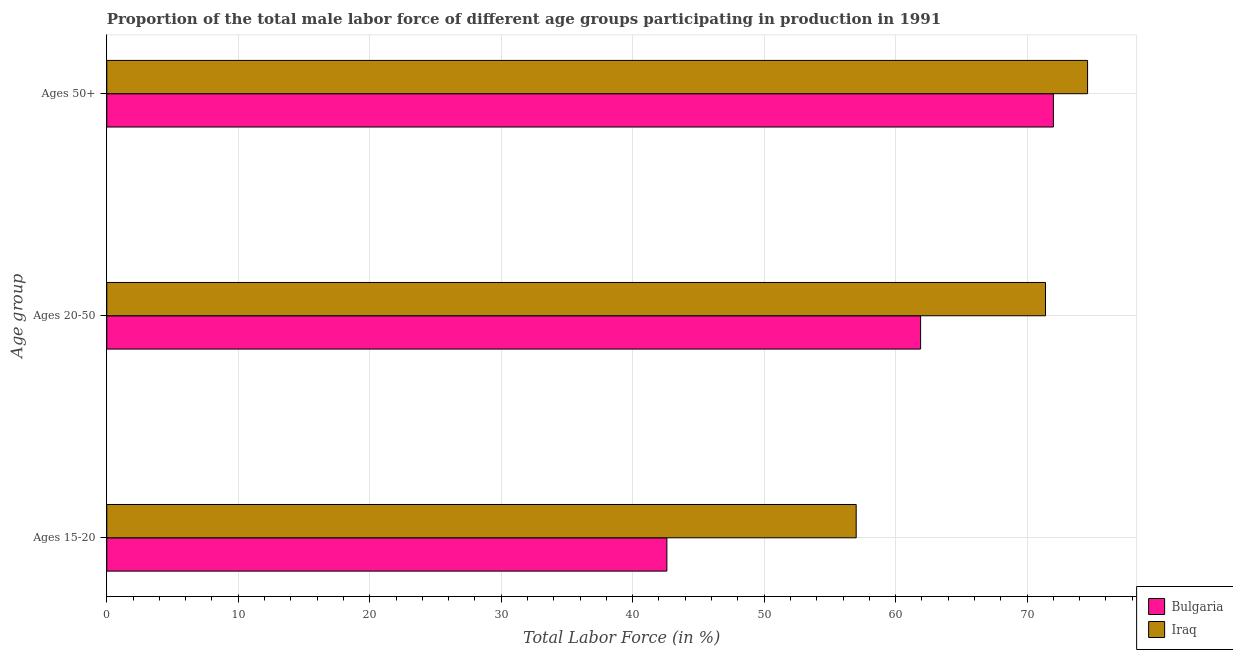
| Age group | Bulgaria | Iraq |
 | --- | --- | --- |
 | Ages 15-20 | 42.6 | 57 |
 | Ages 20-50 | 61.9 | 71.4 |
 | Ages 50+ | 72 | 74.6 |